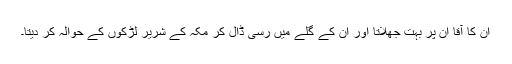
ان کا آقا ان پر بہت جھلاتا اور ان کے گلے میں رسی ڈال کر مکہ کے شریر لڑکوں کے حوالہ کر دیتا۔